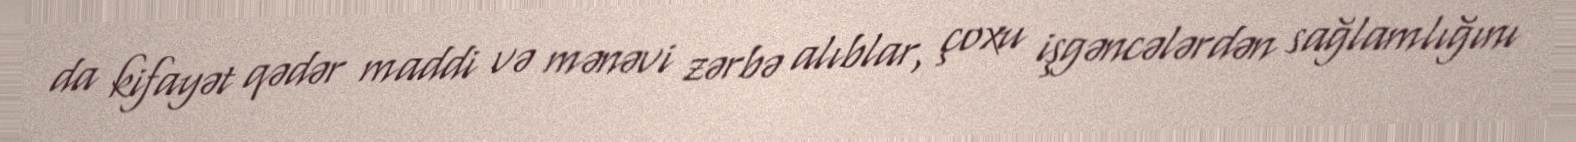
da kifayət qədər maddi və mənəvi zərbə alıblar, çoxu işgəncələrdən sağlamlığını